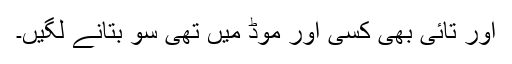
اور تائی بھی کسی اور موڈ میں تھی سو بتانے لگیں۔